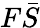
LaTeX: F\bar{S}